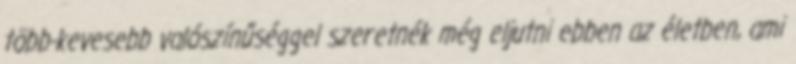
több-kevesebb valószínűséggel szeretnék még eljutni ebben az életben, ami